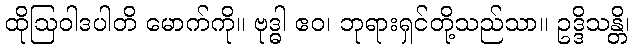
ထိုဩဝါဒပါတိ မောက်ကို။ ဗုဒ္ဓါ ဧဝ၊ ဘုရားရှင်တို့သည်သာ။ ဥဒ္ဒိသန္တိ၊